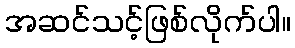
အဆင်သင့်ဖြစ်လိုက်ပါ။